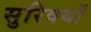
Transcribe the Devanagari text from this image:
सुरिवर्यों